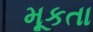
મૂકતા